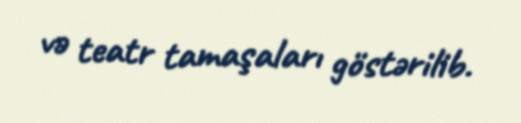
və teatr tamaşaları göstərilib.